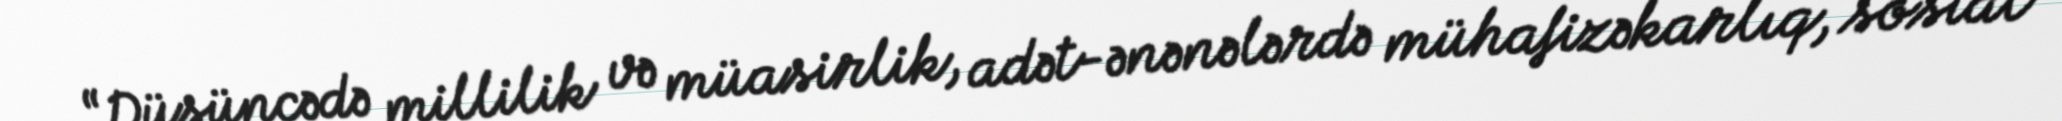
“Düşüncədə millilik və müasirlik, adət-ənənələrdə mühafizəkarlıq, sosial